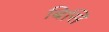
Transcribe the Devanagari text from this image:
बिसि